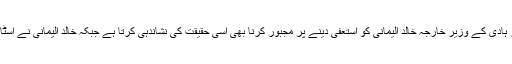
اسی طرح ان کی جانب سے یمن کے مستعفی صدر منصور ہادی کے وزیر خارجہ خالد الیمانی کو استعفی دینے پر مجبور کرنا بھی اسی حقیقت کی نشاندہی کرتا ہے جبکہ خالد الیمانی نے اسٹاک ہوم مذاکرات میں انتہائی اہم اور بنیادی کردار ادا کیا تھا۔